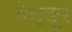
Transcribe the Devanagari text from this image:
वेन्ङूर